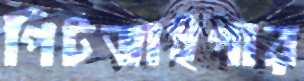
পিটভাইপার